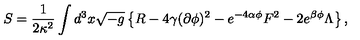
S = \frac 1 { 2 \kappa ^ { 2 } } \int d ^ { 3 } x \sqrt { - g } \left\{ R - 4 \gamma ( \partial \phi ) ^ { 2 } - e ^ { - 4 \alpha \phi } F ^ { 2 } - 2 e ^ { \beta \phi } \Lambda \right\} ,